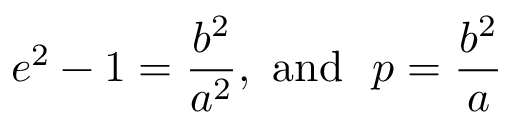
e ^ { 2 } - 1 = { \frac { b ^ { 2 } } { a ^ { 2 } } } , { \mathrm { ~ a n d ~ } } \ p = { \frac { b ^ { 2 } } { a } }